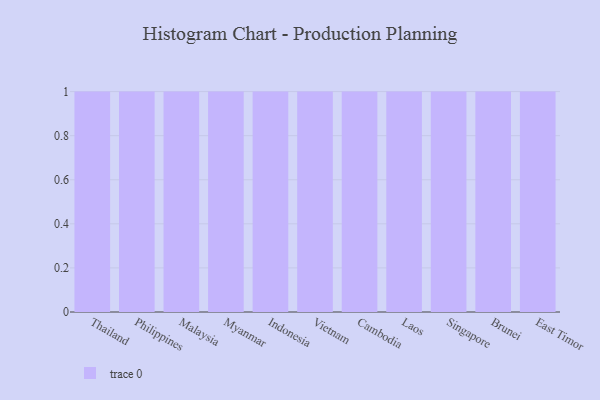
{"axis": {"x": "Country", "y": "LTV (USD)"}, "legend": [""], "data": [{"x": "Thailand", "y": 83, "type": ""}, {"x": "Philippines", "y": 66, "type": ""}, {"x": "Malaysia", "y": 16, "type": ""}, {"x": "Myanmar", "y": 37, "type": ""}, {"x": "Indonesia", "y": 63, "type": ""}, {"x": "Vietnam", "y": 38, "type": ""}, {"x": "Cambodia", "y": 59, "type": ""}, {"x": "Laos", "y": 77, "type": ""}, {"x": "Singapore", "y": 47, "type": ""}, {"x": "Brunei", "y": 77, "type": ""}, {"x": "East Timor", "y": 49, "type": ""}]}